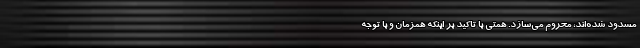
مسدود شده‌اند، محروم می‌سازد. همتی با تاکید بر اینکه همزمان و با توجه